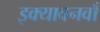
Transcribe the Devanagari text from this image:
इक्यावनवाँ